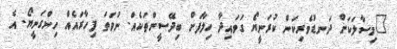
"މިސާލަކަށް ދަނޑުވެރިކަން ކުރަނީޔޯ ގަވައިދާ ހިލާފަށް ބިދޭސީންތަކެއް. ނުވަތަ ފިހާރައެއް ހިންގަނީޔޯ. އެ